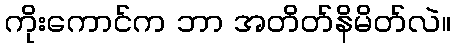
ကိုးကောင်က ဘာ အတိတ်နိမိတ်လဲ။